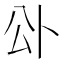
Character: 𭁅